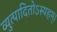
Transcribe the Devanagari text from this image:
व्युत्पादितोऽस्यहम्‌।